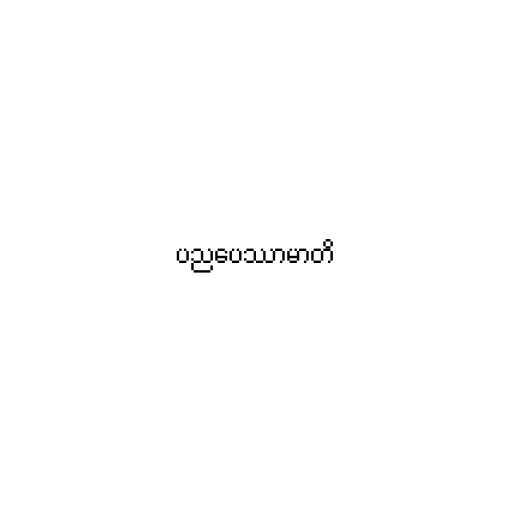
ပညပေဿာမာတိ